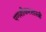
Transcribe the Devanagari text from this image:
पणशीकरशास्त्री